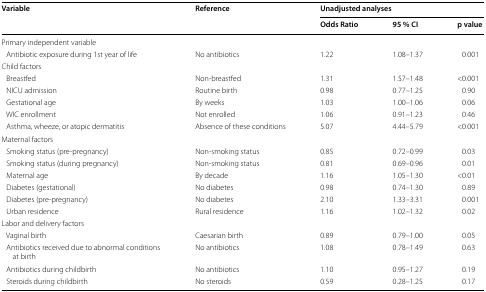
<table><thead><tr><td rowspan="2"><b>Variable</b></td><td rowspan="2"><b>Reference</b></td><td colspan="3"><b>Unadjusted analyses</b></td></tr><tr><td><b>Odds Ratio</b></td><td><b>95 % CI</b></td><td><b>p value</b></td></tr></thead><tbody><tr><td colspan="5">Primary independent variable</td></tr><tr><td> Antibiotic exposure during 1st year of life</td><td>No antibiotics</td><td>1.22</td><td>1.08–1.37</td><td>0.001</td></tr><tr><td colspan="5">Child factors</td></tr><tr><td> Breastfed</td><td>Non-breastfed</td><td>1.31</td><td>1.57–1.48</td><td>&lt;0.001</td></tr><tr><td> NICU admission</td><td>Routine birth</td><td>0.98</td><td>0.77–1.25</td><td>0.90</td></tr><tr><td> Gestational age</td><td>By weeks</td><td>1.03</td><td>1.00–1.06</td><td>0.06</td></tr><tr><td> WIC enrollment</td><td>Not enrolled</td><td>1.06</td><td>0.91–1.23</td><td>0.46</td></tr><tr><td> Asthma, wheeze, or atopic dermatitis</td><td>Absence of these conditions</td><td>5.07</td><td>4.44–5.79</td><td>&lt;0.001</td></tr><tr><td colspan="5">Maternal factors</td></tr><tr><td> Smoking status (pre-pregnancy)</td><td>Non-smoking status</td><td>0.85</td><td>0.72–0.99</td><td>0.03</td></tr><tr><td> Smoking status (during pregnancy)</td><td>Non-smoking status</td><td>0.81</td><td>0.69–0.96</td><td>0.01</td></tr><tr><td> Maternal age</td><td>By decade</td><td>1.16</td><td>1.05–1.30</td><td>&lt;0.01</td></tr><tr><td> Diabetes (gestational)</td><td>No diabetes</td><td>0.98</td><td>0.74–1.30</td><td>0.89</td></tr><tr><td> Diabetes (pre-pregnancy)</td><td>No diabetes</td><td>2.10</td><td>1.33–3.31</td><td>0.001</td></tr><tr><td> Urban residence</td><td>Rural residence</td><td>1.16</td><td>1.02–1.32</td><td>0.02</td></tr><tr><td colspan="5">Labor and delivery factors</td></tr><tr><td> Vaginal birth</td><td>Caesarian birth</td><td>0.89</td><td>0.79–1.00</td><td>0.05</td></tr><tr><td> Antibiotics received due to abnormal conditions at birth</td><td>No antibiotics</td><td>1.08</td><td>0.78–1.49</td><td>0.63</td></tr><tr><td> Antibiotics during childbirth</td><td>No antibiotics</td><td>1.10</td><td>0.95–1.27</td><td>0.19</td></tr><tr><td> Steroids during childbirth</td><td>No steroids</td><td>0.59</td><td>0.28–1.25</td><td>0.17</td></tr></tbody></table>